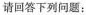
请回答下列问题：